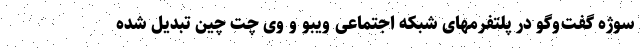
سوژه گفت‌وگو در پلتفرمهای شبکه اجتماعی ویبو و وی چت چین تبدیل شده